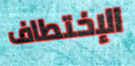
الإختطاف